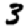
Digit: 3